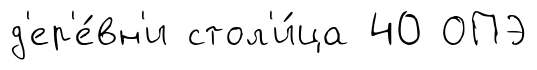
д'ер'е́вн'и стол'и́ца 40 ОПЭ